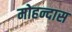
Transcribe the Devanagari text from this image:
मोहन्दास